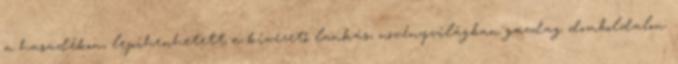
a hasadékon, lepihenhetett a kivezető lankás, növényvilágban gazdag domboldalon.